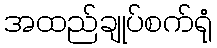
အထည်ချုပ်စက်ရုံ